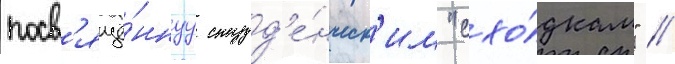
посв'ящё́ннуу студ'е́нческ'им "схо́дкам" //